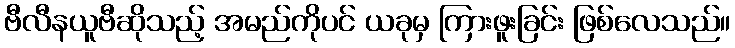
ဗီလီနယူဗီဆိုသည့် အမည်ကိုပင် ယခုမှ ကြားဖူးခြင်း ဖြစ်လေသည်။